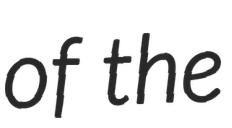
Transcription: of the